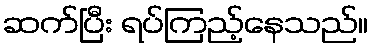
ဆက်ပြီး ရပ်ကြည့်နေသည်။